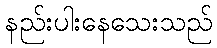
နည်းပါးနေသေးသည်